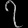
Digit: ၇